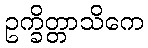
ဥက္ခိတ္တာသိကေ